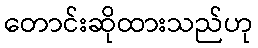
တောင်းဆိုထားသည်ဟု